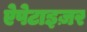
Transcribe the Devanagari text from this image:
ऐपेटाइज़र